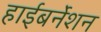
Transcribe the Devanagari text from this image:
हाईबर्नेशन